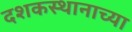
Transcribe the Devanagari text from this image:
दशकस्थानाच्या